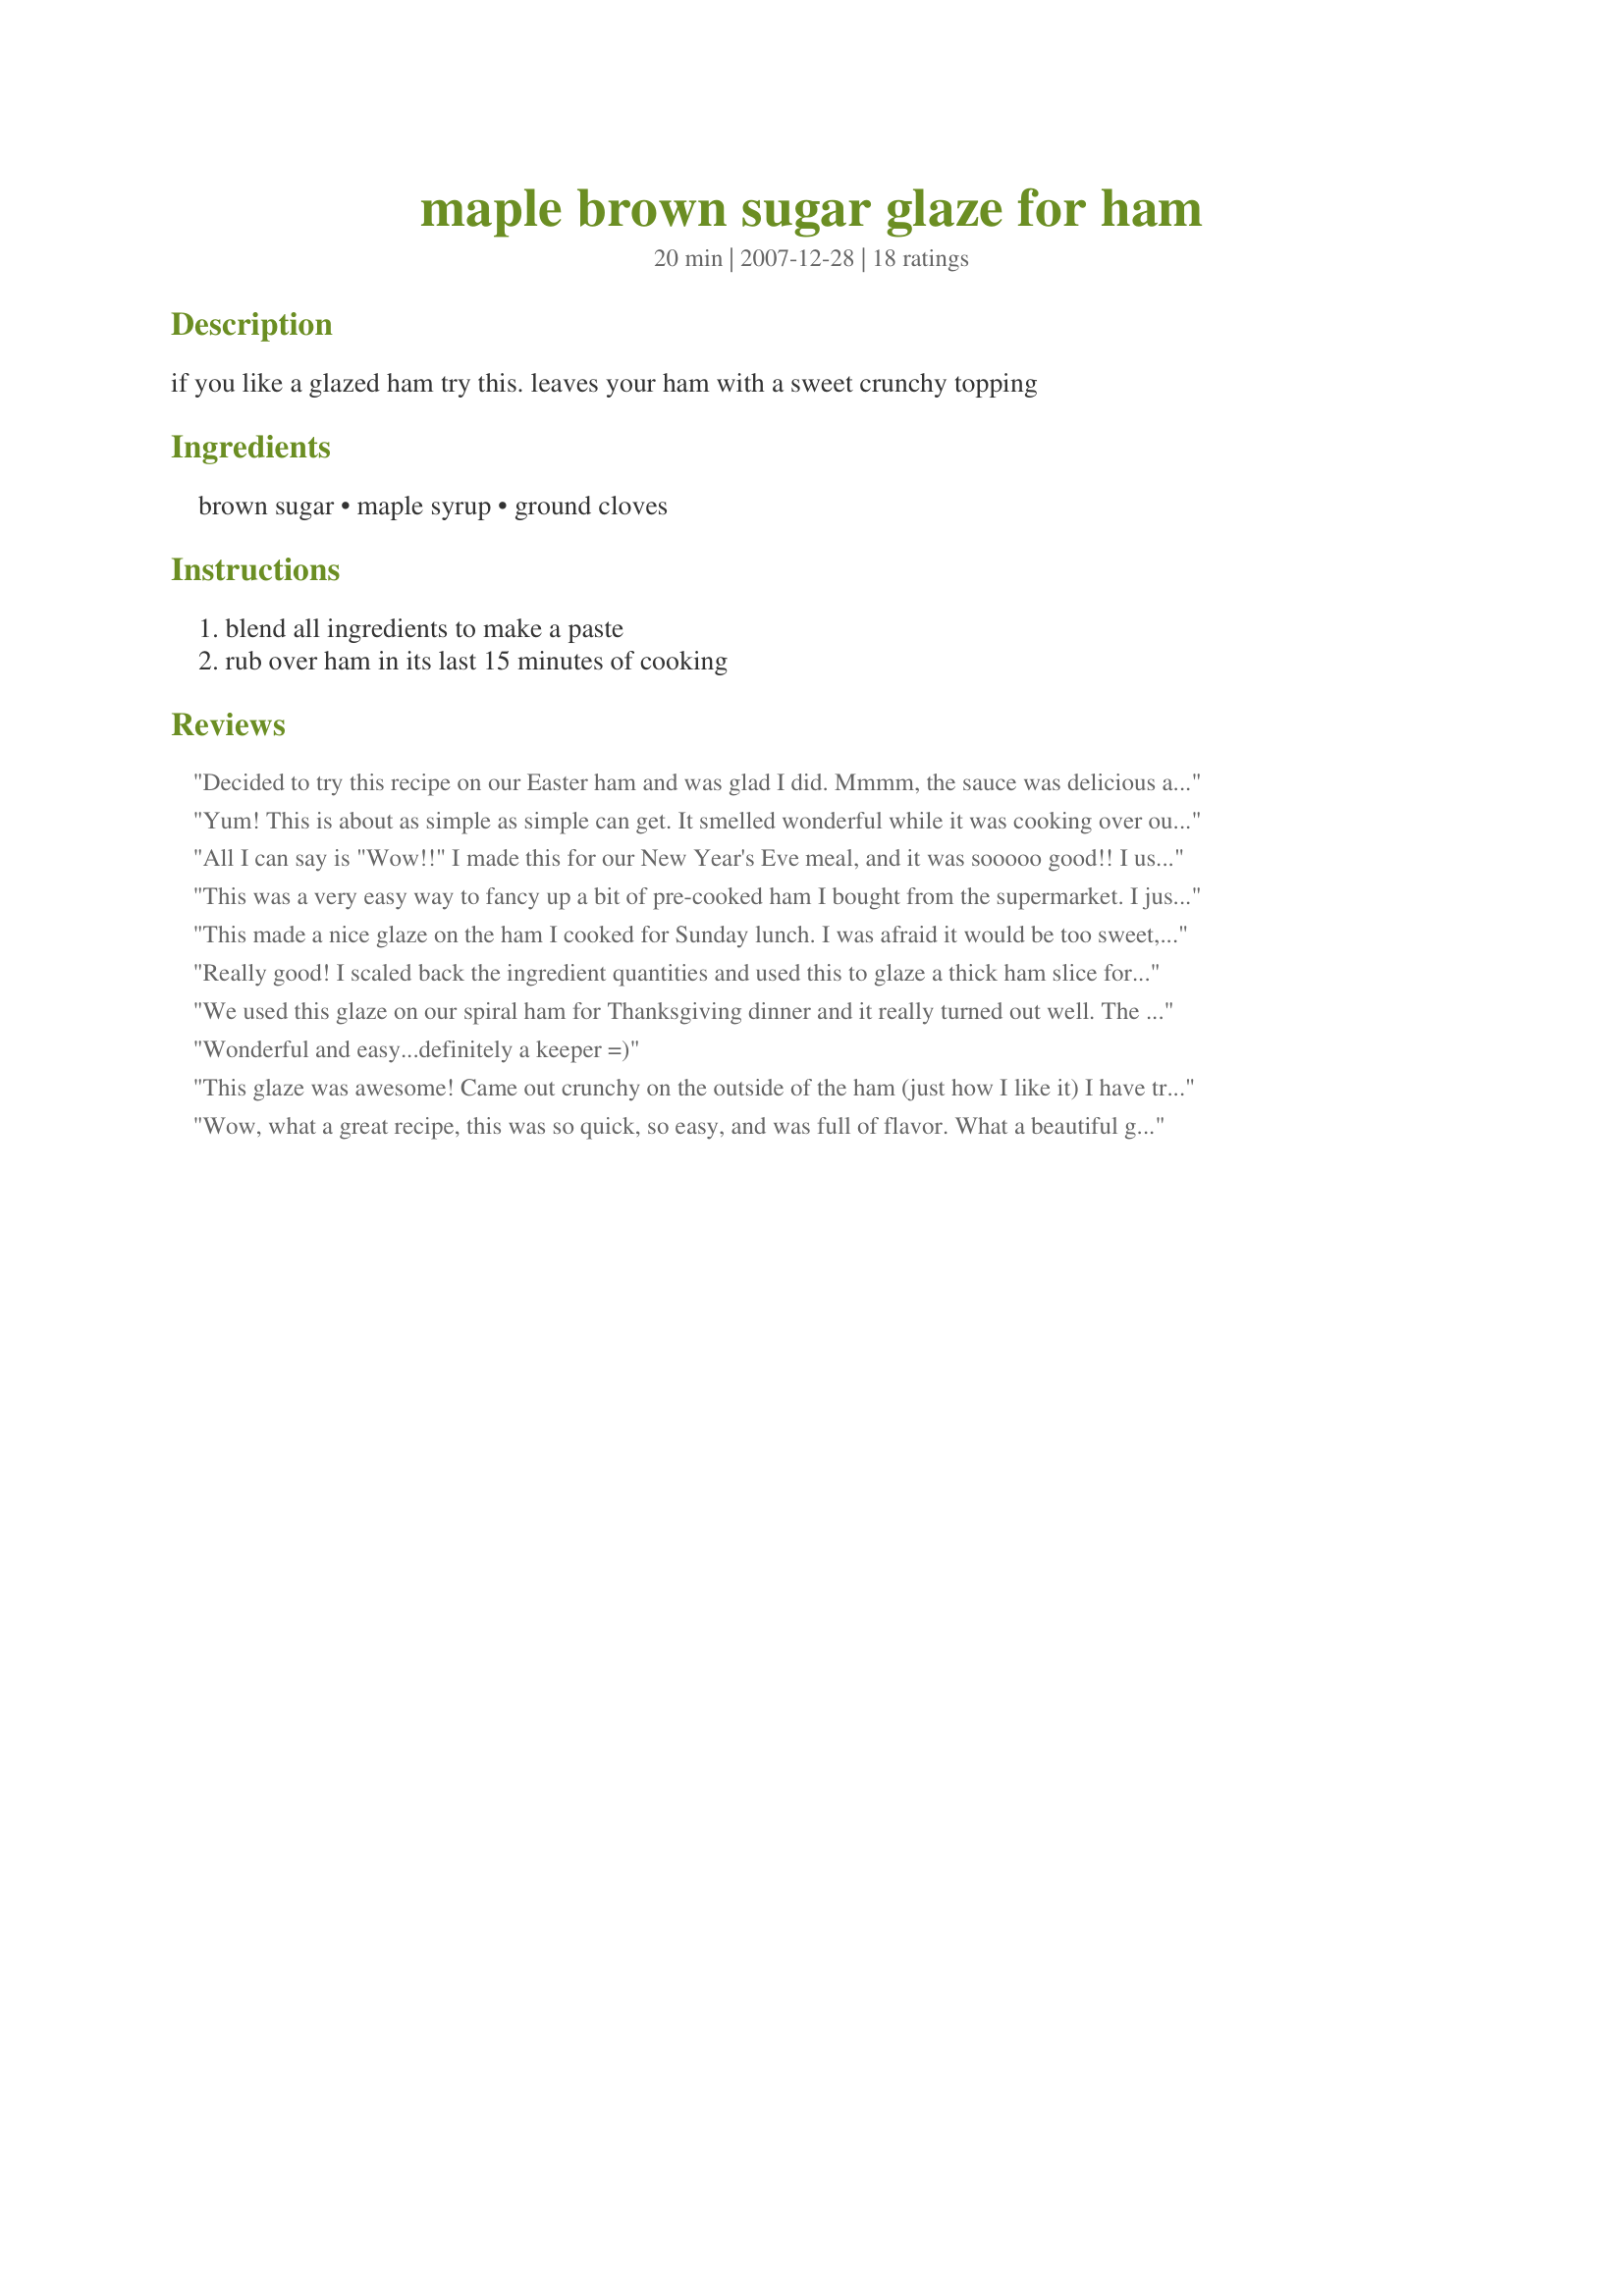
maple brown sugar glaze for ham
Preparation time: 20 minutes

if you like a glazed ham try this. leaves your ham with a sweet crunchy topping

Ingredients:
brown sugar, maple syrup, ground cloves

Steps:
blend all ingredients to make a paste, rub over ham in its last 15 minutes of cooking

Reviews:
Decided to try this recipe on our Easter ham and was glad I did. Mmmm, the sauce was delicious and the ham had a very nice maple flavour. Think I might even try this on a pork roast next time. Everyone that tried it liked it so this one is now in my "keeper" cookbook. Thanks!!
Yum! This is about as simple as simple can get. It smelled wonderful while it was cooking over our ham and tasted great too. One word of warning - clean up your cutting board right away after slicing the ham - it's hard to clean up the glaze after it's hardened, lol. Thanks School Chef for a great keeper. Made for Football Pool Week #9.
All I can say is "Wow!!" I made this for our New Year's Eve meal, and it was sooooo good!! I used the broth to make gravy that was sweet and salty and really good over mashed potatoes. I also serve it with Hawaiian Sweet Rolls. I host a annual family Christmas Dinner with Prime Rib, but this year, my family requested ham with this glaze. If it can top Prime Rib for a bunch of Mid-Westerns, then you know its good!! Thanks so much for posting this!!
This was a very easy way to fancy up a bit of pre-cooked ham I bought from the supermarket. I just put the paste on and let it warm up in the oven for 20 minutes and it was ready to go. My husband commented that the ham was very nice and it is often hard to get him to eat any form or pork (other than bacon) at all. So, thumbs up. Made for your win in Football Pool Tag week 9.
This made a nice glaze on the ham I cooked for Sunday lunch. I was afraid it would be too sweet, but the flavor was perfect. Made for PAC Spring 2008
Really good! I scaled back the ingredient quantities and used this to glaze a thick ham slice for a Sunday night supper. Made a fairly ordinary meal taste extra special!
We used this glaze on our spiral ham for Thanksgiving dinner and it really turned out well. The only change I made was to use allspice vs. clove. Will definitely use this glaze again. Thanks for the post.
Wonderful and easy...definitely a keeper =)
This glaze was awesome! Came out crunchy on the outside of the ham (just how I like it) I have tried making brown sugar crusted ham before, but it always falls off, the maple syrup really helps to hold it on.. Two thumbs up here!
Wow, what a great recipe, this was so quick, so easy, and was full of flavor. What a beautiful glaze this recipe made. We all enjoyed it very much. Loved the cloves in the glaze, really made it pop. Thanks for sharing a recipe that I will make again, later this week, when we have the rest of the ham, served as ham steaks.
Wow you can make caramel squares out of this sauce!! I poured some in my glass dish about 20 minutes before it was ready and boy oh boy, my dish is now sitting in the sink soaking. I hope it comes clean. This was very thick, sweet and sticky. Hmmm Ok now that I am reading the recipe ingredients again, I made a boo boo.
I don't know why my pretty little mind say's it read "corn syrup" instead of maple syrup. No wonder I stated that you could make caramel squares out of this sauce LOL "shakes her head"
Made for Fall PAC 09
This glaze was delicious!! Yummm! It was easy to make and made the ham very flavorful. Definite keeper for me. Thanks School Chef!
Delicious recipe. My neice, who had to fly to New York to see her mom, asked me if I would pack her some for the plane! I like that if you cut the ham carefully, you can serve non-sweet ham to guests who don't care for sweet. Thanks for sharing, we really enjoyed this.
This is so good! I had a couple of ham steaks that I cooked in a casserole dish with a little brown sugar and water. I let it heat through and then poured out the brown sugar water and spread this glaze on the steaks, covered and baked for 15 minutes. It came out syrupy and thick and the ham had such a great flavor. Will definately make this again!! Made for Football Pool win week #3.
Really great simple glaze recipe. I like cloves a lot so I doubled the cloves and just for a slight addition added a quarter cup of kraken rum to the paste. Turned out really great and goes well with hot buttered rum.
I used this at Easter for a ham and WOW!, my family loved it. Well last night my son asked if we could try this on Pork Chops and again WOW!. This is going to be my go to glaze for hams, and all other pork that I cook other than ribs.
I made this glaze as written, but changed the cooking instructions when DH brought home a 3 lb rolled, smoked (vs cured) & boneless pork roast I wanted to try cooking in my crock-pot after reading a recipe on the net for this method. I have rarely been able to tell much difference between smoked & cured meats & this proved true again. The glaze & cooking method were so easy & the outcome was terrific. I brushed the thick glaze over the surface of the roast at the start & cooked it on Low for 6 hrs. When done, I removed the roast, strained the drippings into a sml saucepan & added cream cheese to create a light cream sauce for the meat & the potatoes served w/it. I have never had ham (or smoked pork) as tender or as good. Made for your Week 9 Football Pool Win & thx for sharing this sure-to-be repeated recipe. :-)
I made this last night for a lovely ham we purchased but I felt it needed something more. This was it!! I did leave out the cloves as we are not a fan...I took twissis suggestion with the cream cheese as it seemed a bit of a waste of a great sauce...it was a huge hit. Will use this from now on with our hams...thanks so much for a great recipe!!!
